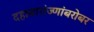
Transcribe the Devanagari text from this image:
दहाबारांज्णांबरोबर